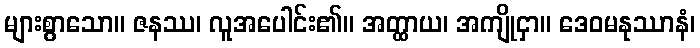
များစွာသော။ ဇနဿ၊ လူအပေါင်း၏။ အတ္ထာယ၊ အကျိုငှာ။ ဒေဝမနုဿာနံ၊